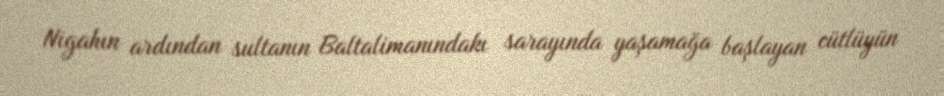
Nigahın ardından sultanın Baltalimanındakı sarayında yaşamağa başlayan cütlüyün